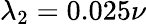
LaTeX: \lambda_{2}=0.025\nu